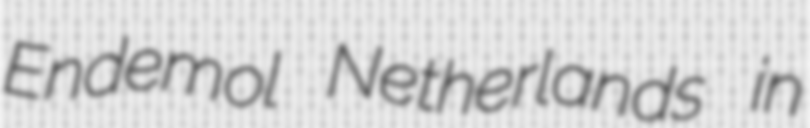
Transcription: Endemol Netherlands in